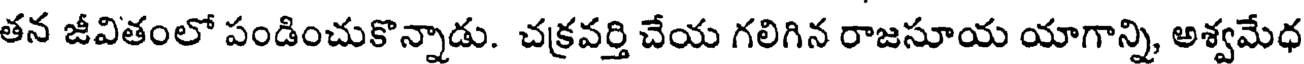
తన జీవితంలో పండించుకొన్నాడు. చక్రవర్తి చేయ గలిగిన రాజసూయ యాగాన్ని, అశ్వమేధ